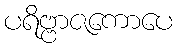
ပရိဗ္ဗာဇကောပေ